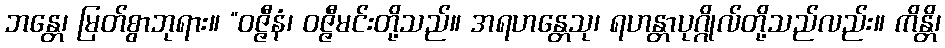
ဘန္တေ၊ မြတ်စွာဘုရား။ “ဝဇ္ဇီနံ၊ ဝဇ္ဇီမင်းတို့သည်။ အရဟန္တေသု၊ ရဟန္တာပုဂ္ဂိုလ်တို့သည်လည်း။ ကိန္တိ၊